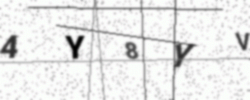
Text: 4Y8YV